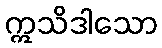
ဣသိဒါသော